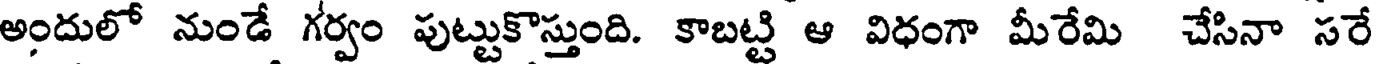
అందులో నుండే గర్వం పుట్టుకొస్తుంది. కాబట్టి ఆ విధంగా మీరేమి చేసినా సరే